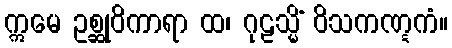
ဣမေ ဥစ္ဆုဝိကာရာ ထ၊ ဂုဠသ္မိံ ဝိသကဏ္ဋကံ။